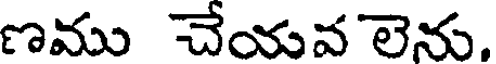
ణము చేయవ లెను.